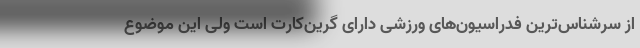
از سرشناس‌ترین فدراسیون‌های ورزشی دارای گرین‌کارت است ولی این موضوع